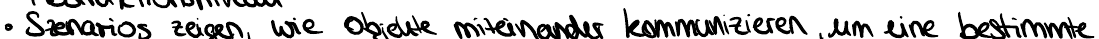
Szenarios zeigen, wie Objekte miteinander kommunizieren um eine bestimmte